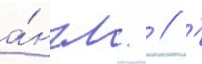
а́нгл.  // '